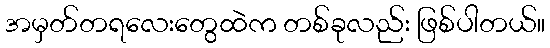
အမှတ်တရလေးတွေထဲက တစ်ခုလည်း ဖြစ်ပါတယ်။